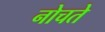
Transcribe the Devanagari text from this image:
नोचते